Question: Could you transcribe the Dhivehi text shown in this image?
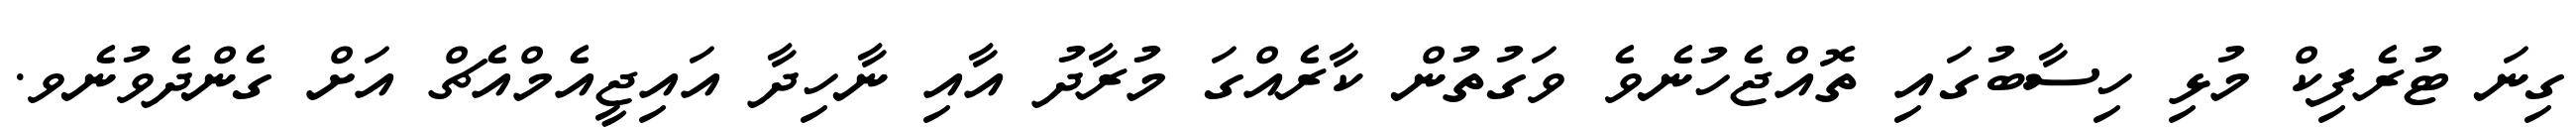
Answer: ގިނަ ޓުރެފިކް މުޅި ހިސާބުގައި ތޮއްޖެހުނެވެ ވަގުތުން ކާރެއްގަ މުރާދު އާއި ނާހިދާ އައިޖީއެމްއެޗް އަށް ގެންދެވުނެވ.